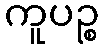
ကူပဉ္စ